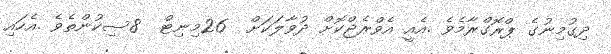
ދިގުމިނުގެ ޕްރޮގްރާމެވެ .އެއީ އެވްރެޖްކޮށް ދުވާލަކަށް  26މިނިޓް  8ސިކުންތެވެ .އެހައި